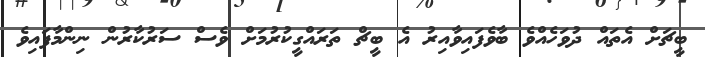
ބީޗަށް އެތައް ދުވަހެއްވެ ބާވެފައިވާއިރު އެ ބީޗް ތަރައްގީކުރުމަށް ވެސް ސަރުކާރުން ނިންމާފައިވެ